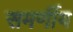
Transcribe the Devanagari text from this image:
समर्णीय